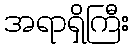
အရာရှိကြီး